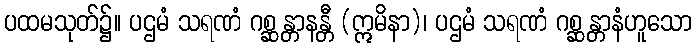
ပထမသုတ်၌။ ပဌမံ သရဏံ ဂစ္ဆန္တာနန္တီ (ဣမိနာ)၊ ပဌမံ သရဏံ ဂစ္ဆန္တာနံဟူသော